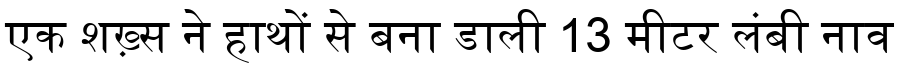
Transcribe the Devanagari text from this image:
एक शख़्स ने हाथों से बना डाली 13 मीटर लंबी नाव